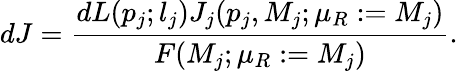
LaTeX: dJ=\frac{dL(p_{j};l_{j})J_{j}(p_{j},M_{j};\mu_{R}:=M_{j})}{F(M_{j};\mu_{R}:=M_{j})}.